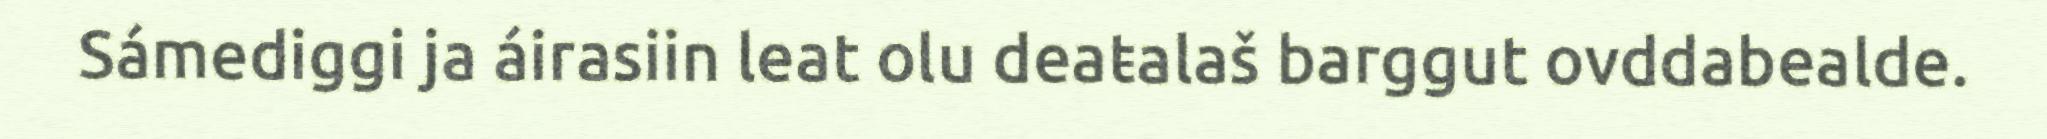
Sámediggi ja áirasiin leat olu deaŧalaš barggut ovddabealde.